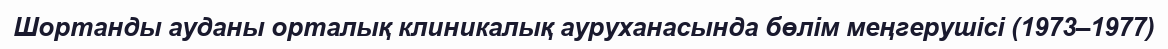
Шортанды ауданы орталық клиникалық ауруханасында бөлім меңгерушісі (1973–1977)